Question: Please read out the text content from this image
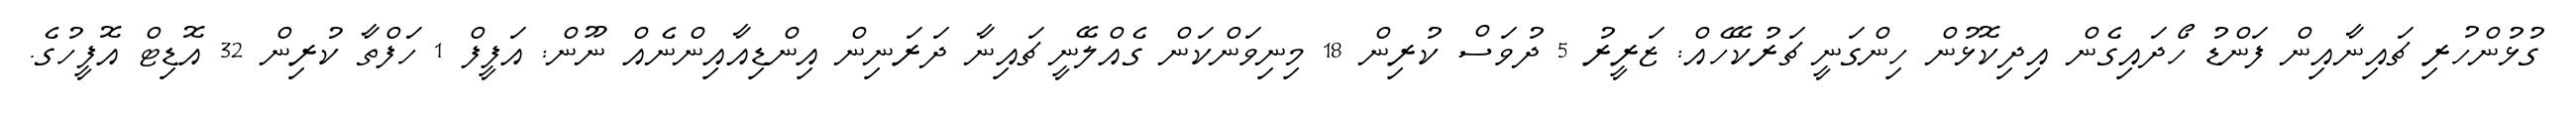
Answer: ގުޅުންހުރި ޗައިނާއިން ފަންޑު ހޯދައިގެން އިދިކޮޅުން ހިންގަނީ ޗަރުކޭހެއް: ޒަރީރު 5 ދުވަސް ކުރިން 18 މިނިވަންކަން ގެއްލޭނީ ޗައިނާ ދަރަނިން އިންޑިއާއިންނެއް ނޫން: އަފީފް 1 ހަފްތާ ކުރިން 32 އޮޑިޓް އޮފީހުގެ.